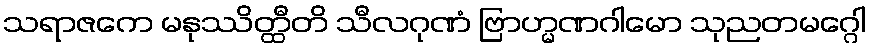
သရာဇကေ မနုဿိတ္ထီတိ သီလဂုဏံ ဗြာဟ္မဏဂါမော သုညတမဂ္ဂေါ